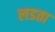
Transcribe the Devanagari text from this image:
लडता